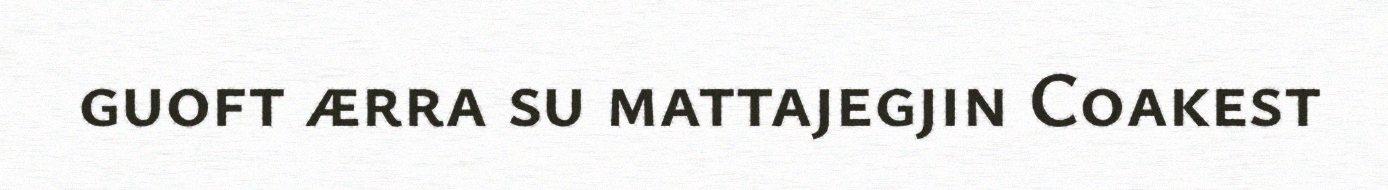
guoft ærra su mattajegjin Coakest